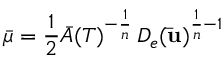
\bar { \mu } = \frac 1 2 \bar { A } ( T ) ^ { - \frac { 1 } { n } } \, D _ { e } ( \mathbf { \bar { u } } ) ^ { \frac { 1 } { n } - 1 }